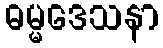
ဓမ္မဒေသနာ